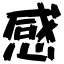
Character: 感